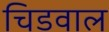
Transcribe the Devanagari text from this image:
चिडवाल